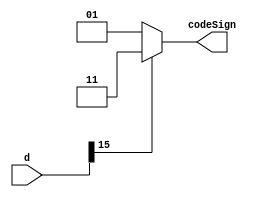
`timescale 1ns / 1ps
//////////////////////////////////////////////////////////////////////////////////
// Company: 
// Engineer: 
// 
// Design Name: 
// Module Name: CODESIGN
// Project Name: 
// Target Devices: 
// Tool Versions: 
// Description: 
// 
// Dependencies: 
// 
// Revision:
// Revision 0.01 - File Created
// Additional Comments:
// 
//////////////////////////////////////////////////////////////////////////////////

module CODESIGN #(parameter WL = 16)(
        input signed [WL-1:0] d,
        output reg signed [1:0] codeSign
    );
    always @(*) begin
        codeSign = d[WL-1] == 'b1 ? 'b11 : d[WL-1] == 'b0 ? 'b01 : 'bXX;       
    end
endmodule